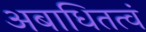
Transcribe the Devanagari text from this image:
अबाधितत्वं